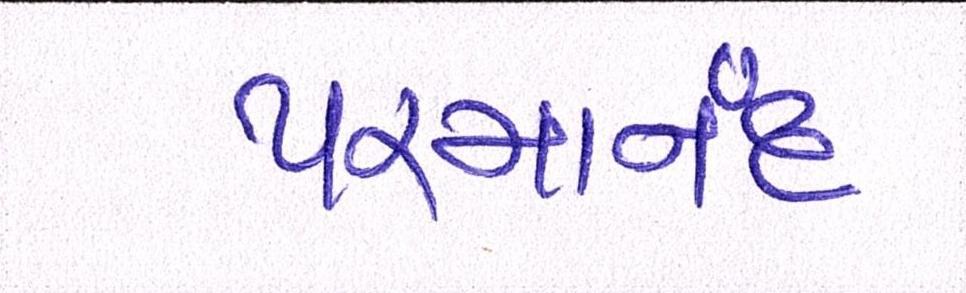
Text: પરમાનંદ